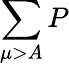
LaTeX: \sum\limits_{\mu>A}P